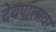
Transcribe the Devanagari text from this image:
देवपालावर